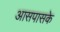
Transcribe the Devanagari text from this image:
आसपासके